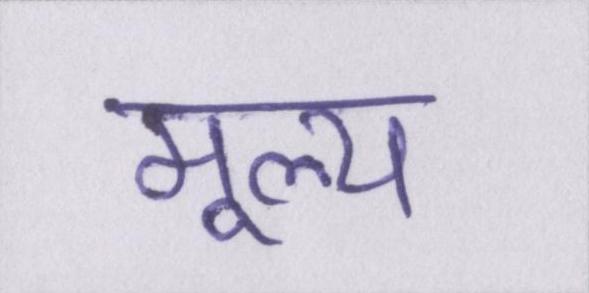
मूल्य